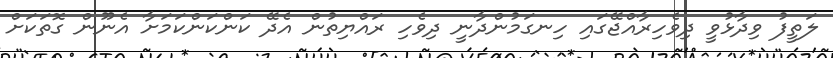
ލަތީފު ވިދާޅުވީ ދިވެހިރާއްޖޭގައި ހިނގަމުންދާނީ ދިވެހި ރައްޔިތުން އެދޭ ކަންކަންކަމަށާ އެނޫން ގޮތަކަށް